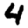
Digit: 4